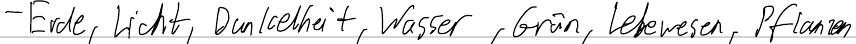
- Erde, Licht, Dunkelheit, Wasser, Grün, Lebewesen, Pflanzen